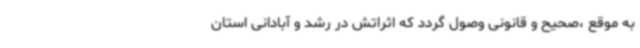
به موقع ،‌صحیح و قانونی وصول گردد که اثراتش در رشد و آبادانی استان